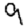
Digit: 9